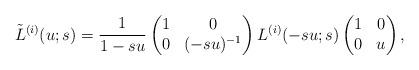
LaTeX: \begin{align*}\tilde{L}^{(i)}(u; s)=\frac{1}{1-su}\begin{pmatrix} 1 & 0 \\ 0 & (-su)^{-1} \end{pmatrix} L^{(i)}(-su; s)\begin{pmatrix} 1 & 0 \\ 0 & u \end{pmatrix}, \end{align*}